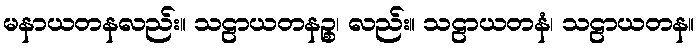
မနာယတနလည်း။ သဠာယတနဉ္စ၊ လည်း။ သဠာယတနံ၊ သဠာယတန။